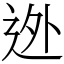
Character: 迯